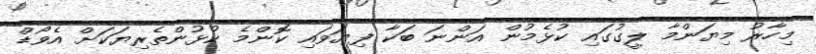
މިހާރު މިޔަންމާ ލީގުގައި ކުޅެމުން އަންނަ ބަކާ ފިޔަވައި ކޮންމެ ކުޅުންތެރިޔަކަށް އެވޯޑް